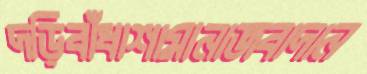
দড়িবাঁধাশামানাজবাদান